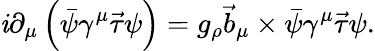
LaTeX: \mathit{i}\partial_{\mu}\left(\bar{{\psi}}\gamma^{\mu}{\vec{{\tau}}}\psi\right)=g_{\rho}{\vec{{b}}}_{\mu}\times\bar{{\psi}}\gamma^{\mu}{\vec{{\tau}}}\psi.